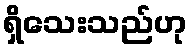
ရှိသေးသည်ဟု